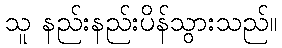
သူ နည်းနည်းပိန်သွားသည်။